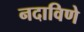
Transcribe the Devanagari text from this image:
नदाविणे